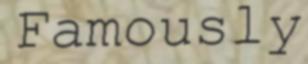
Famously